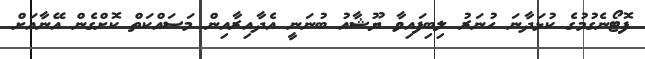
ފޮޓޯނެގުމުގެ ކުޅަދާނަ ހުނަރު ލިބިފައިވާ ޔޫޝާއު ބުނަނީ އެދާއިރާއިން މަސައްކަތް ކޮށްގެން އޭނާއަށް